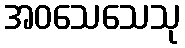
အဝသေသေသု